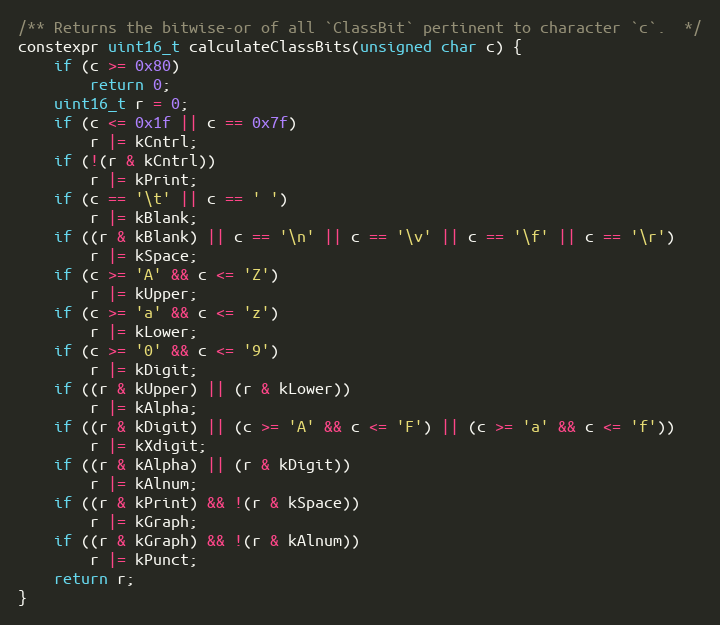
Language: C
/** Returns the bitwise-or of all `ClassBit` pertinent to character `c`.  */
constexpr uint16_t calculateClassBits(unsigned char c) {
    if (c >= 0x80)
        return 0;
    uint16_t r = 0;
    if (c <= 0x1f || c == 0x7f)
        r |= kCntrl;
    if (!(r & kCntrl))
        r |= kPrint;
    if (c == '\t' || c == ' ')
        r |= kBlank;
    if ((r & kBlank) || c == '\n' || c == '\v' || c == '\f' || c == '\r')
        r |= kSpace;
    if (c >= 'A' && c <= 'Z')
        r |= kUpper;
    if (c >= 'a' && c <= 'z')
        r |= kLower;
    if (c >= '0' && c <= '9')
        r |= kDigit;
    if ((r & kUpper) || (r & kLower))
        r |= kAlpha;
    if ((r & kDigit) || (c >= 'A' && c <= 'F') || (c >= 'a' && c <= 'f'))
        r |= kXdigit;
    if ((r & kAlpha) || (r & kDigit))
        r |= kAlnum;
    if ((r & kPrint) && !(r & kSpace))
        r |= kGraph;
    if ((r & kGraph) && !(r & kAlnum))
        r |= kPunct;
    return r;
}